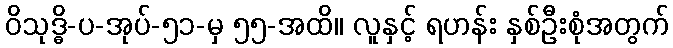
ဝိသုဒ္ဓိ-ပ-အုပ်-၅၁-မှ ၅၅-အထိ။ လူနှင့် ရဟန်း နှစ်ဦးစုံအတွက်